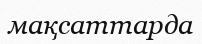
мақсаттарда